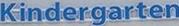
Kindergarten